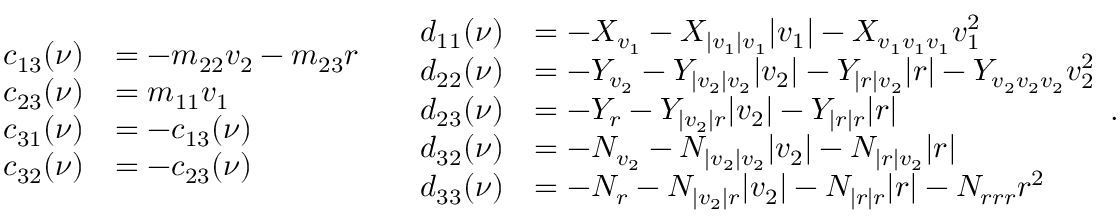
\begin{array} { r l } { c _ { 1 3 } ( \boldsymbol { \nu } ) } & { = - m _ { 2 2 } v _ { 2 } - m _ { 2 3 } { r } } \\ { c _ { 2 3 } ( \boldsymbol { \nu } ) } & { = m _ { 1 1 } v _ { 1 } } \\ { c _ { 3 1 } ( \boldsymbol { \nu } ) } & { = - c _ { 1 3 } ( \boldsymbol { \nu } ) } \\ { c _ { 3 2 } ( \boldsymbol { \nu } ) } & { = - c _ { 2 3 } ( \boldsymbol { \nu } ) } \end{array} \quad \begin{array} { r l } { d _ { 1 1 } ( \boldsymbol { \nu } ) } & { = - X _ { v _ { 1 } } - X _ { | v _ { 1 } | v _ { 1 } } | v _ { 1 } | - X _ { v _ { 1 } v _ { 1 } v _ { 1 } } v _ { 1 } ^ { 2 } } \\ { d _ { 2 2 } ( \boldsymbol { \nu } ) } & { = - Y _ { v _ { 2 } } - Y _ { | v _ { 2 } | v _ { 2 } } | v _ { 2 } | - Y _ { | r | v _ { 2 } } | r | - Y _ { v _ { 2 } v _ { 2 } v _ { 2 } } v _ { 2 } ^ { 2 } } \\ { d _ { 2 3 } ( \boldsymbol { \nu } ) } & { = - Y _ { r } - Y _ { | v _ { 2 } | r } | v _ { 2 } | - Y _ { | r | r } | r | } \\ { d _ { 3 2 } ( \boldsymbol { \nu } ) } & { = - N _ { v _ { 2 } } - N _ { | v _ { 2 } | v _ { 2 } } | v _ { 2 } | - N _ { | r | v _ { 2 } } | r | } \\ { d _ { 3 3 } ( \boldsymbol { \nu } ) } & { = - N _ { r } - N _ { | v _ { 2 } | r } | v _ { 2 } | - N _ { | r | r } | r | - N _ { r r r } r ^ { 2 } } \end{array} .